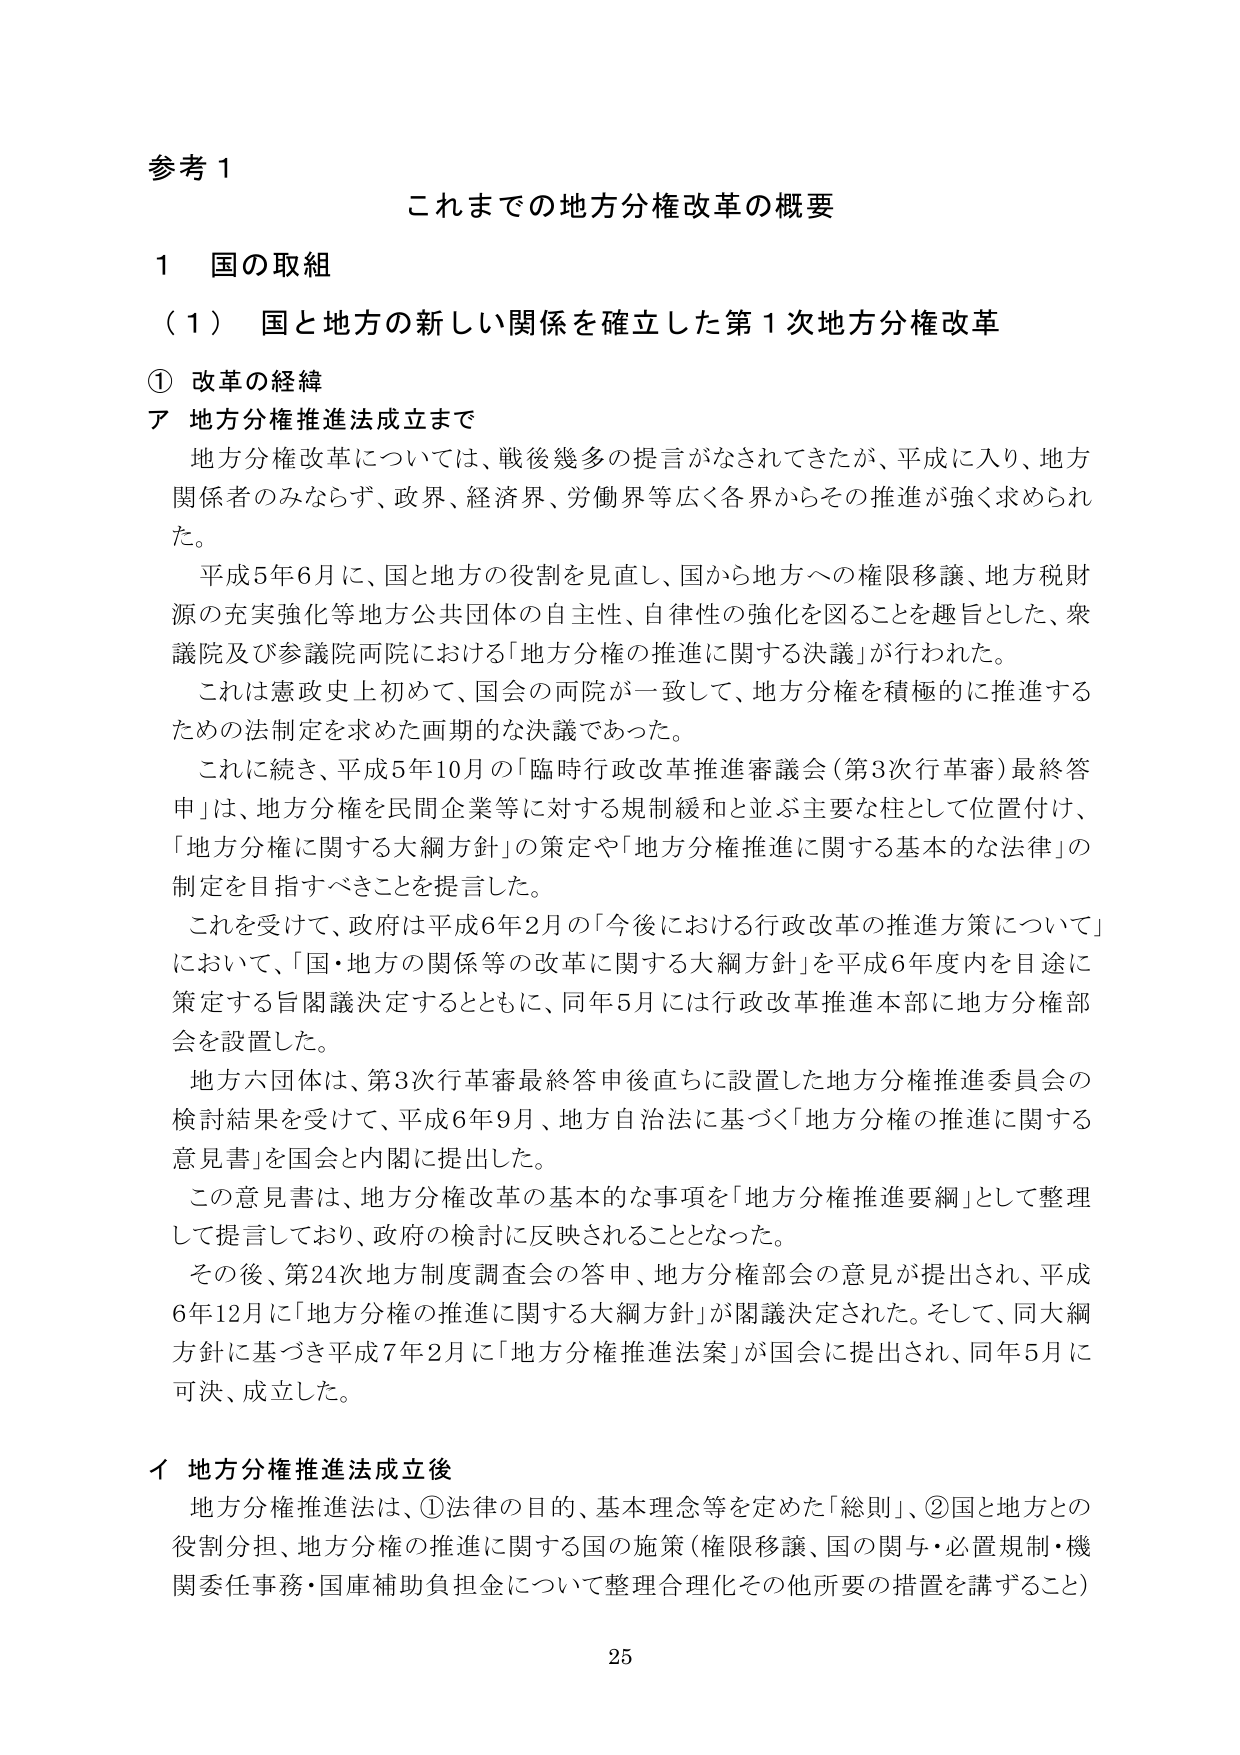
参考１
これまでの地方分権改革の概要

１ 国の取組

（１） 国と地方の新しい関係を確立した第１次地方分権改革

① 改革の経緯

ア 地方分権推進法成立まで

地方分権改革については、戦後幾多の提言がなされてきたが、平成に入り、地方関係者のみならず、政界、経済界、労働界等広く各界からその推進が強く求められた。

平成５年６月に、国と地方の役割を見直し、国から地方への権限移譲、地方税財源の充実強化等地方公共団体の自主性、自律性の強化を図ることを趣旨とした、衆議院及び参議院両院における「地方分権の推進に関する決議」が行われた。

これは憲政史上初めて、国会の両院が一致して、地方分権を積極的に推進するための法制定を求めた画期的な決議であった。

これに続き、平成５年１０月の「臨時行政改革推進審議会（第３次行革審）最終答申」は、地方分権を民間企業等に対する規制緩和と並ぶ主要な柱として位置付け、「地方分権に関する大綱方針」の策定や「地方分権推進に関する基本的な法律」の制定を目指すべきことを提言した。

これを受けて、政府は平成６年２月の「今後における行政改革の推進方策について」において、「国・地方の関係等の改革に関する大綱方針」を平成６年度内を目途に策定する旨閣議決定するとともに、同年５月には行政改革推進本部に地方分権部会を設置した。

地方六団体は、第３次行革審最終答申後直ちに設置した地方分権推進委員会の検討結果を受けて、平成６年９月、地方自治法に基づく「地方分権の推進に関する意見書」を国会と内閣に提出した。

この意見書は、地方分権改革の基本的な事項を「地方分権推進要綱」として整理して提言しており、政府の検討に反映されることとなった。

その後、第24次地方制度調査会の答申、地方分権部会の意見が提出され、平成６年１２月に「地方分権の推進に関する大綱方針」が閣議決定された。そして、同大綱方針に基づき平成７年２月に「地方分権推進法案」が国会に提出され、同年５月に可決、成立した。

イ 地方分権推進法成立後

地方分権推進法は、①法律の目的、基本理念等を定めた「総則」、②国と地方との役割分担、地方分権の推進に関する国の施策（権限移譲、国の関与・必置規制・機関委任事務・国庫補助負担金について整理合理化その他所要の措置を講ずること）

25